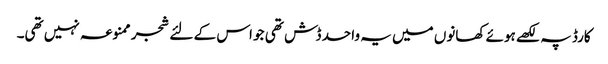
کارڈ پہ لکھے ہوئے کھانوں میں یہ واحد ڈش تھی جو اس کے لئے شجر ممنوعہ نہیں تھی۔